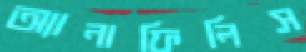
অ্যানাফিলিস